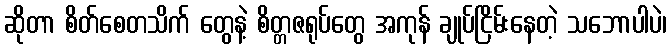
ဆိုတာ စိတ်စေတသိက် တွေနဲ့ စိတ္တဇရုပ်တွေ အကုန် ချုပ်ငြိမ်းနေတဲ့ သဘောပါပဲ၊